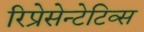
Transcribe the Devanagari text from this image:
रिप्रेसेन्टेटिव्स